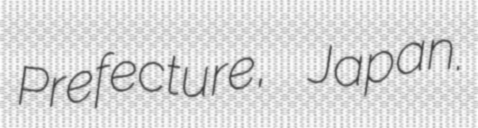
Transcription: Prefecture, Japan.